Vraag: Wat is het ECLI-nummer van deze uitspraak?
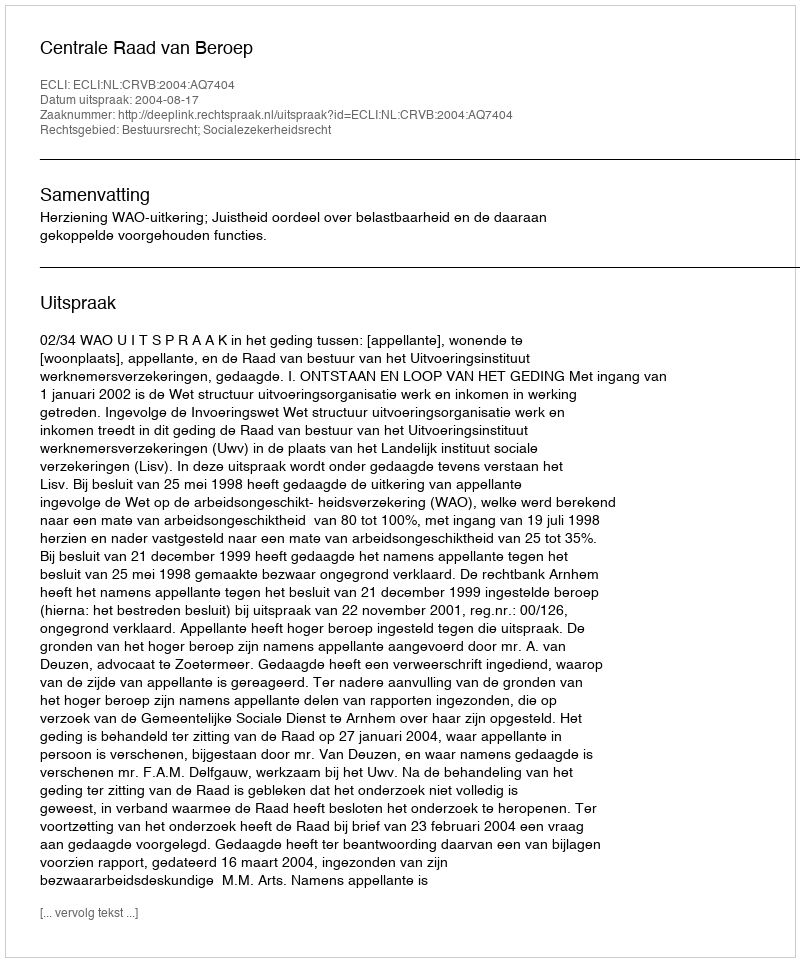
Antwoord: ECLI:NL:CRVB:2004:AQ7404